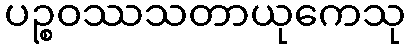
ပဉ္စဝဿသတာယုကေသု